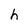
Character: h